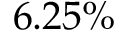
6 . 2 5 \%